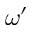
\omega ^ { \prime }